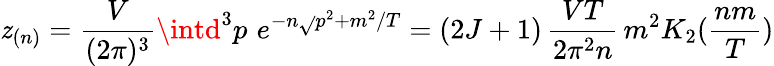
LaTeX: \mathit{z}_{(n)}=\frac{{V}}{{(2\pi)^{3}}}\intd^{3}p\, \, e^{-n\sqrt{}{{p^{2}+m^{2}}}/T}=(2J+1)\, \frac{{VT}}{{2\pi^{2}n}}\, m^{2}K_{2}(\frac{{nm}}{{T}})